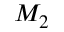
M _ { 2 }